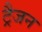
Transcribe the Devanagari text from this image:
ट्रैजन